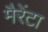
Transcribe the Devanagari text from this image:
मैरेंटा